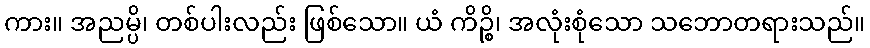
ကား။ အညမ္ပိ၊ တစ်ပါးလည်း ဖြစ်သော။ ယံ ကိဉ္စိ၊ အလုံးစုံသော သဘောတရားသည်။